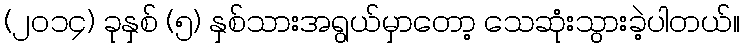
(၂၀၁၄) ခုနှစ် (၅) နှစ်သားအရွယ်မှာတော့ သေဆုံးသွားခဲ့ပါတယ်။